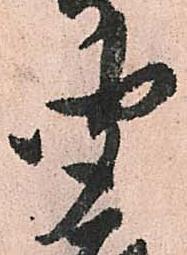
聞